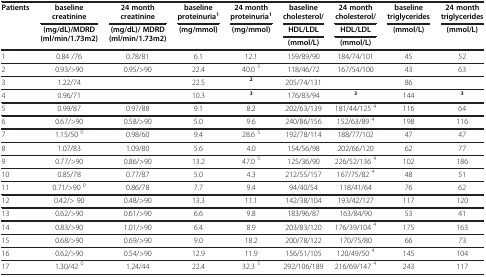
<table><thead><tr><td><b>Patients</b></td><td><b>baseline creatinine</b></td><td><b>24 month creatinine</b></td><td><b>baseline proteinuria<sup>1</sup></b></td><td><b>24 month proteinuria<sup>1</sup></b></td><td><b>baseline cholesterol/</b></td><td><b>24 month cholesterol/</b></td><td><b>baseline triglycerides</b></td><td><b>24 month triglycerides</b></td></tr><tr><td><b> </b></td><td><b>(mg/dL)/MDRD (ml/min/1.73m2)</b></td><td><b>(mg/dL)/ MDRD (ml/min/1.73m2)</b></td><td><b>(mg/mmol)</b></td><td><b>(mg/mmol)</b></td><td><b>HDL/LDL</b></td><td><b>HDL/LDL</b></td><td><b>(mmol/L)</b></td><td><b>(mmol/L)</b></td></tr><tr><td><b> </b></td><td><b> </b></td><td><b> </b></td><td><b> </b></td><td><b> </b></td><td><b>(mmol/L)</b></td><td><b>(mmol/L)</b></td><td><b> </b></td><td><b> </b></td></tr></thead><tbody><tr><td>1</td><td>0.84 /76</td><td>0.78/81</td><td>6.1</td><td>12.1</td><td>159/89/90</td><td>184/74/101</td><td>45</td><td>52</td></tr><tr><td>2</td><td>0.93/&gt;90</td><td>0.95/&gt;90</td><td>22.4</td><td>40.0 <sup>5</sup></td><td>118/46/72</td><td>167/54/100</td><td>43</td><td>63</td></tr><tr><td>3</td><td>1.22/74</td><td> </td><td>22.5</td><td><sup><b>2</b></sup></td><td>205/74/131</td><td> </td><td>86</td><td> </td></tr><tr><td>4</td><td>0.96/71</td><td> </td><td>10.3</td><td><sup><b>3</b></sup></td><td>176/83/94</td><td><sup><b>3</b></sup></td><td>144</td><td><sup><b>3</b></sup></td></tr><tr><td>5</td><td>0.99/87</td><td>0.97/88</td><td>9.1</td><td>8.2</td><td>202/63/139</td><td>181/44/125 <sup>4</sup></td><td>116</td><td>64</td></tr><tr><td>6</td><td>0.67/&gt;90</td><td>0.58/&gt;90</td><td>5.0</td><td>9.6</td><td>240/86/156</td><td>152/63/89 <sup>4</sup></td><td>198</td><td>116</td></tr><tr><td>7</td><td>1.15/50 <sup>0</sup></td><td>0.98/60</td><td>9.4</td><td>28.6 <sup>5</sup></td><td>192/78/114</td><td>188/77/102</td><td>47</td><td>47</td></tr><tr><td>8</td><td>1.07/83</td><td>1.09/80</td><td>5.6</td><td>4.0</td><td>154/56/98</td><td>202/66/120</td><td>62</td><td>77</td></tr><tr><td>9</td><td>0.77/&gt;90</td><td>0.86/&gt;90</td><td>13.2</td><td>47.0 <sup>5</sup></td><td>125/36/90</td><td>226/52/136 <sup>4</sup></td><td>102</td><td>186</td></tr><tr><td>10</td><td>0.85/78</td><td>0.77/87</td><td>5.0</td><td>4.3</td><td>212/55/157</td><td>167/75/82 <sup>4</sup></td><td>48</td><td>51</td></tr><tr><td>11</td><td>0.71/&gt;90 <sup>0</sup></td><td>0.86/78</td><td>7.7</td><td>9.4</td><td>94/40/54</td><td>118/41/64</td><td>76</td><td>62</td></tr><tr><td>12</td><td>0.42/&gt; 90</td><td>0.48/&gt;90</td><td>13.3</td><td>11.1</td><td>142/38/104</td><td>193/42/127</td><td>117</td><td>120</td></tr><tr><td>13</td><td>0.62/&gt;90</td><td>0.61/&gt;90</td><td>6.6</td><td>9.8</td><td>183/96/87</td><td>163/84/90</td><td>53</td><td>41</td></tr><tr><td>14</td><td>0.83/&gt;90</td><td>1.01/&gt;90</td><td>6.4</td><td>8.9</td><td>203/83/120</td><td>176/39/104 <sup>4</sup></td><td>175</td><td>163</td></tr><tr><td>15</td><td>0.68/&gt;90</td><td>0.69/&gt;90</td><td>9.0</td><td>18.2</td><td>200/78/122</td><td>170/75/80</td><td>66</td><td>73</td></tr><tr><td>16</td><td>0.62/&gt;90</td><td>0.54/&gt;90</td><td>12.9</td><td>11.9</td><td>156/51/105</td><td>120/49/50 <sup>4</sup></td><td>145</td><td>104</td></tr><tr><td>17</td><td>1.30/42 <sup>0</sup></td><td>1.24/44</td><td>22.4</td><td>32.3 <sup>5</sup></td><td>292/106/189</td><td>216/69/147 <sup>4</sup></td><td>243</td><td>117</td></tr></tbody></table>